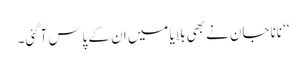
‘‘ نانا جان نے بھی بلایا میں ان کے پاس آگئی۔